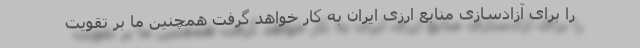
را برای آزادسازی منابع ارزی ایران به کار خواهد گرفت همچنین ما بر تقویت